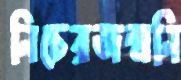
নিচেরজন্মনি